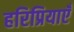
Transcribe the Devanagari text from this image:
हरिप्रियाएँ